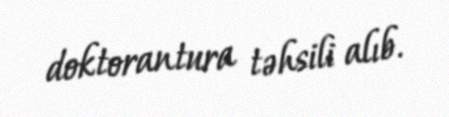
doktorantura təhsili alıb.